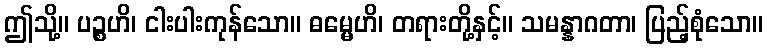
ဤသို့။ ပဉ္စဟိ၊ ငါးပါးကုန်သော။ ဓမ္မေဟိ၊ တရားတို့နှင့်။ သမန္နာဂတာ၊ ပြည့်စုံသော။